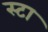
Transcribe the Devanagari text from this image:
स्टा